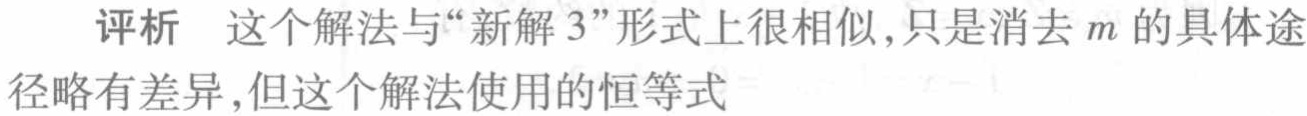
评析 这个解法与“新解 3”形式上很相似,只是消去 \(m\) 的具体途径略有差异,但这个解法使用的恒等式